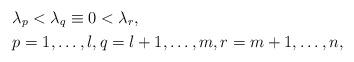
LaTeX: \begin{align*}&\lambda_p < \lambda_q \equiv 0 < \lambda_r, \\& p = 1, \dots, l, q = l+1, \dots, m, r = m+1, \dots, n,\end{align*}